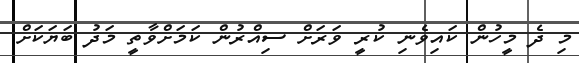
މި ދެ މީހުން ކައިވެނި ކުރީ ވަރަށް ސިއްރުން ކަމަށްވާތީ މަދު ބަޔަކަށް